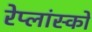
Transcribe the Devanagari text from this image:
रेप्लांस्को